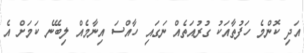
އަދި ކޮންމެ ހަފުތާއަކު ގުރުއަތެއް ނަގައި ހާއްސަ އިނާމެއް ލިބޭނެ ކަމަށް އެ